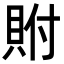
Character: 𮙼